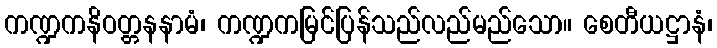
ကဏ္ဍကနိဝတ္တနနာမံ၊ ကဏ္ဍကမြင်ပြန်သည်လည်မည်သော။ စေတီယဋ္ဌာနံ၊